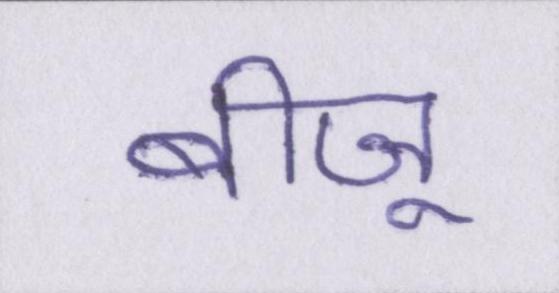
बीजू